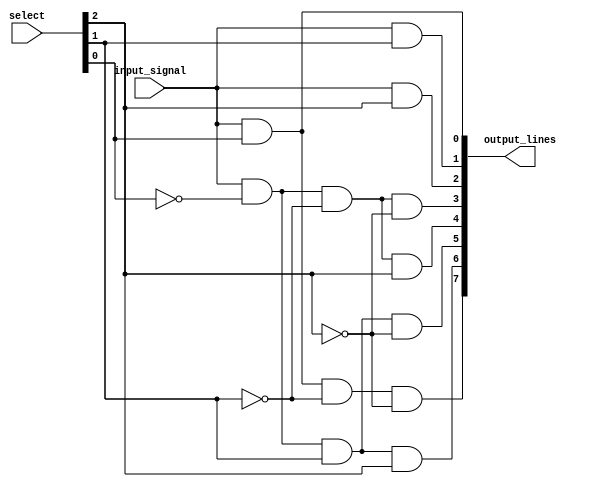
module demux_1to8 (
  input wire input_signal,
  input wire [2:0] select,
  output wire [7:0] output_lines
);

assign output_lines[0] = input_signal & select[0];
assign output_lines[1] = input_signal & select[1];
assign output_lines[2] = input_signal & select[2];
assign output_lines[3] = input_signal & ~select[0] & ~select[1] & ~select[2];
assign output_lines[4] = input_signal & ~select[0] & ~select[1] & select[2];
assign output_lines[5] = input_signal & ~select[0] & select[1] & ~select[2];
assign output_lines[6] = input_signal & ~select[0] & select[1] & select[2];
assign output_lines[7] = input_signal & select[0] & ~select[1] & ~select[2];

endmodule